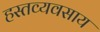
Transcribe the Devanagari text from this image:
हस्तव्यवसाय